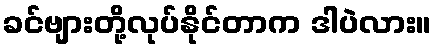
ခင်ဗျားတို့လုပ်နိုင်တာက ဒါပဲလား။